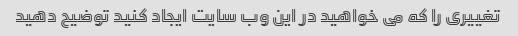
تغییری را که می خواهید در این وب سایت ایجاد کنید توضیح دهید